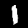
Label: 1